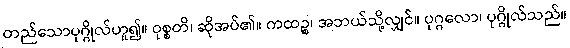
တည်သောပုဂ္ဂိုလ်ဟူ၍။ ဝုစ္စတိ၊ ဆိုအပ်၏။ ကထဉ္စ၊ အဘယ်သို့လျှင်။ ပုဂ္ဂလော၊ ပုဂ္ဂိုလ်သည်။